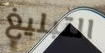
التبليغ